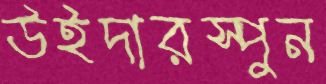
উইদারস্পুন